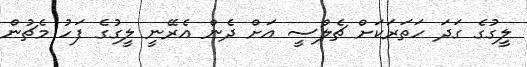
ލީގުގެ ގަދަ ހަތަރަކަށް ޗެލްސީ އަށް ދެން އެރޭނީ ލީގުގެ ފަހު މެޗުން